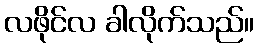
လဖိုင်လ ခါလိုက်သည်။